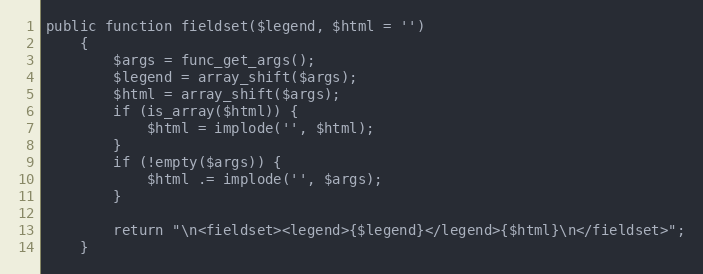
Language: PHP
public function fieldset($legend, $html = '')
    {
        $args = func_get_args();
        $legend = array_shift($args);
        $html = array_shift($args);
        if (is_array($html)) {
            $html = implode('', $html);
        }
        if (!empty($args)) {
            $html .= implode('', $args);
        }

        return "\n<fieldset><legend>{$legend}</legend>{$html}\n</fieldset>";
    }